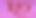
ছ